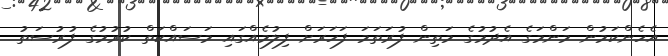
އެހެންކަމުން މަންމަގެ އެދުމުގެ މަތިން ފުރަތަމަ ފަހަރަށް ފިލުމެއްގައި މަސައްކަތް ކުރުމުގެ ފުރުސަތު